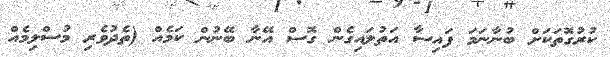
ކުރުގޮތަކަށް ބުނާނަމަ ފައިސާ އަތުލައިގެން ގޮސް އޭނާ ބޭނުން ކަމެއް (ތެދުވެރި މުސްލިމެއް